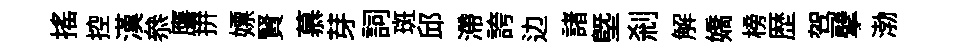
摇控漢叅譍拚嫖賢慕芽詞斑邱滯誇边諸塈刹解嬌榜歴驾擘渤